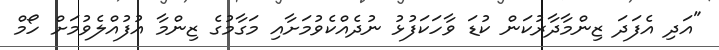
"އަދި އެފަދަ ޒިންމާދާރުކަން ކުޑަ ވާހަކަފުޅު ނުދެއްކެވުމަށާއި މަގާމުގެ ޒިންމާ އުފުއްލެވުމަށް ހޯމް